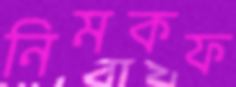
নিমকফ